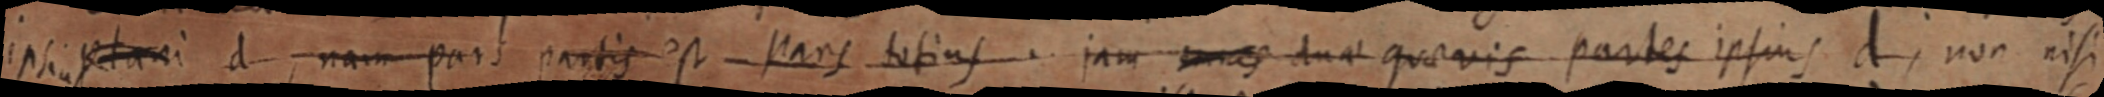
ipsius etani d, nam pars partis est pars totius. jam mes duae quaevis partes ipsius d, non nisi